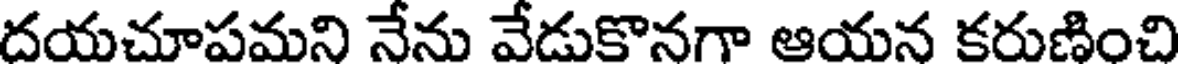
దయచూపమని నేను వేడుకొనగా ఆయన కరుణించి